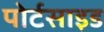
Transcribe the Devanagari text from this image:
पोर्टसाइड